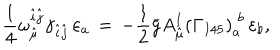
\frac { 1 } { 4 } \omega _ { \hat { \mu } } ^ { \hat { i } \hat { j } } \gamma _ { \hat { i } \hat { j } } \, \varepsilon _ { a } \, = \, - \frac { 1 } { 2 } \bar { g } A _ { \hat { \mu } } ^ { I } \left( \Gamma _ { I 4 5 } \right) _ { a } ^ { \; b } \, \varepsilon _ { b } ,